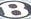
B